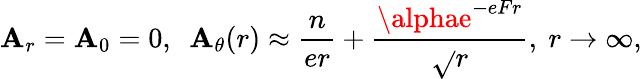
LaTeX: \mathbf{A}_{r}=\mathbf{A}_{0}=0,~~\mathbf{A}_{\theta}(r)\approx{\frac{{n}}{{er}}}+{\frac{{\alphae^{-eFr}}}{{\sqrt{}{r}}}},~r\to\infty,